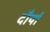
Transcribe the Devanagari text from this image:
दौर्या